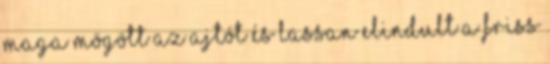
maga mögött az ajtót és lassan elindult a friss